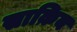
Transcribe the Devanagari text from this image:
साक़िब